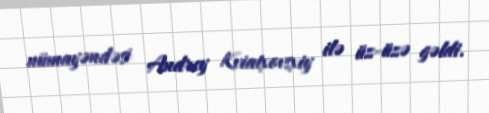
nümayəndəsi Andrey Kviatxovsxiy ilə üz-üzə gəldi.